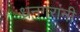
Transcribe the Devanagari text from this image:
धनगरांनी